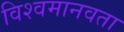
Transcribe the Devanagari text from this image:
विश्वमानवता